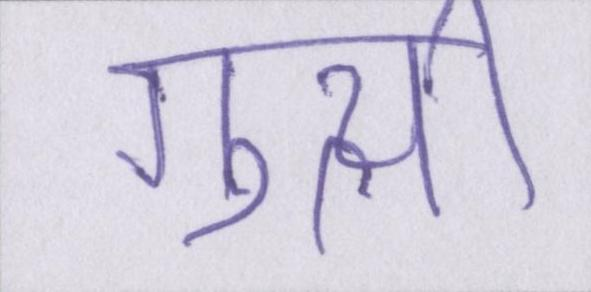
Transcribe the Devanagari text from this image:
गुत्थी